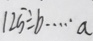
1 2 5 \div b \cdots a